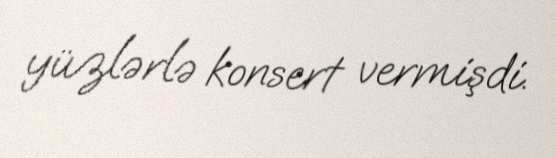
yüzlərlə konsert vermişdi.